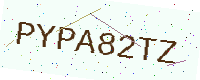
Text: PYPA82TZ